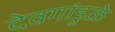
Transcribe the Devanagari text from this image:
देवगांडुळे